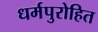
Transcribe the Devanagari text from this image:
धर्मपुरोहित